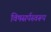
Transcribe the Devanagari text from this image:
विषसर्पस्वरूप